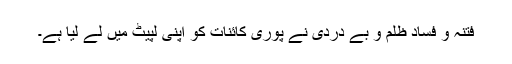
فتنہ و فساد ظلم و بے دردی نے پوری کائنات کو اپنی لپیٹ میں لے لیا ہے۔